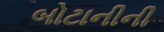
બોટાનીની